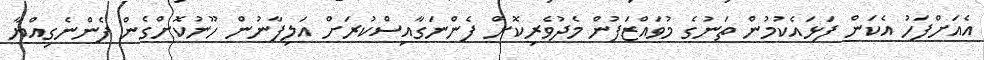
އެއަށްފަހު އެކަން ފަޅައެކުމުން ތަނުގެ މުވައްޒަފުން މެދުވެރިކޮށް ފެންނަގާއިސްކުރަށް އަލިފާނުން ހޫނުކޮށްގެން ފެންނެގިއްޔާ